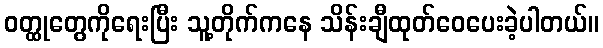
ဝတ္ထုတွေကိုရေးပြီး သူ့တိုက်ကနေ သိန်းချီထုတ်ဝေပေးခဲ့ပါတယ်။